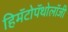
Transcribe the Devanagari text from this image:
हिमॅटोपॅथोलॉजी